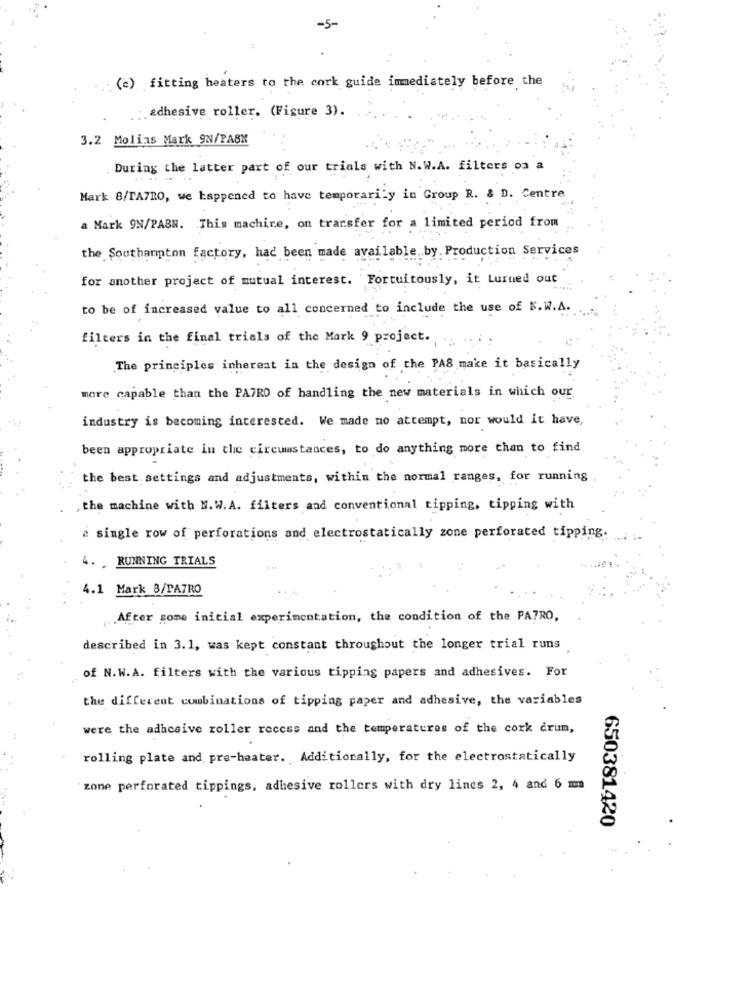
-5-
(e) fitting heaters to the cork guide immediately before the
adhesive roller. (Figure 3).
3.2 Molias Mark 9N/PASN
During the latter part of our trials with N.W.A. filters on a
Mark 8/PA7RO, we happened to have temporarily in Group R. & D. Centre
a Mark 9N/PASN. This machine, on transfer for a limited period from
the Southampton factory, had been made available by Production Services
for another project of mutual interest. Fortuitously, it turned out
to be of increased value to all concerned to include the use of N.W.A.
filters in the final trials of the Mark 9 project.
The principles inherent in the design of the PAS make it basically
more capable than the PATRO of handling the new materials in which our
industry is becoming interested. We made no attempt, nor would it have,
been appropriate in the circumstances, to do anything more than to find
the best settings and adjustments, within the normal ranges, for running
,the machine with N.W. A. filters and conventional tipping, tipping with
a single row of perforations and electrostatically zone perforated tipping.
4. . RUNNING TRIALS
4.1 Mark 8/PATRO
After some initial experimentation, the condition of the PATRO,
described in 3.1, was kept constant throughout the longer trial runs
of N.W.A. filters with the various tipping papers and adhesives. For
the different combinations of tipping paper and adhesive, the variables
were the adhesive roller recess and the temperatures of the cork crum,
rolling plate and pre-heater. Additionally, for the electrostatically
zone perforated tippings, adhesive rollers with dry lines 2, 4 and 6 mm
650381420